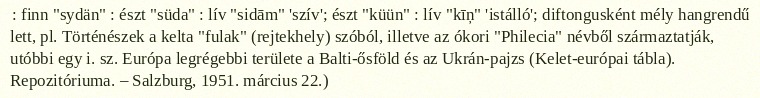
: finn "sydän" : észt "süda" : lív "sidām" 'szív'; észt "küün" : lív "kīņ" 'istálló'; diftongusként mély hangrendű lett, pl. Történészek a kelta "fulak" (rejtekhely) szóból, illetve az ókori "Philecia" névből származtatják, utóbbi egy i. sz. Európa legrégebbi területe a Balti-ősföld és az Ukrán-pajzs (Kelet-európai tábla). Repozitóriuma. – Salzburg, 1951. március 22.)